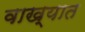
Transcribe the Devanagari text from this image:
वाख्यात